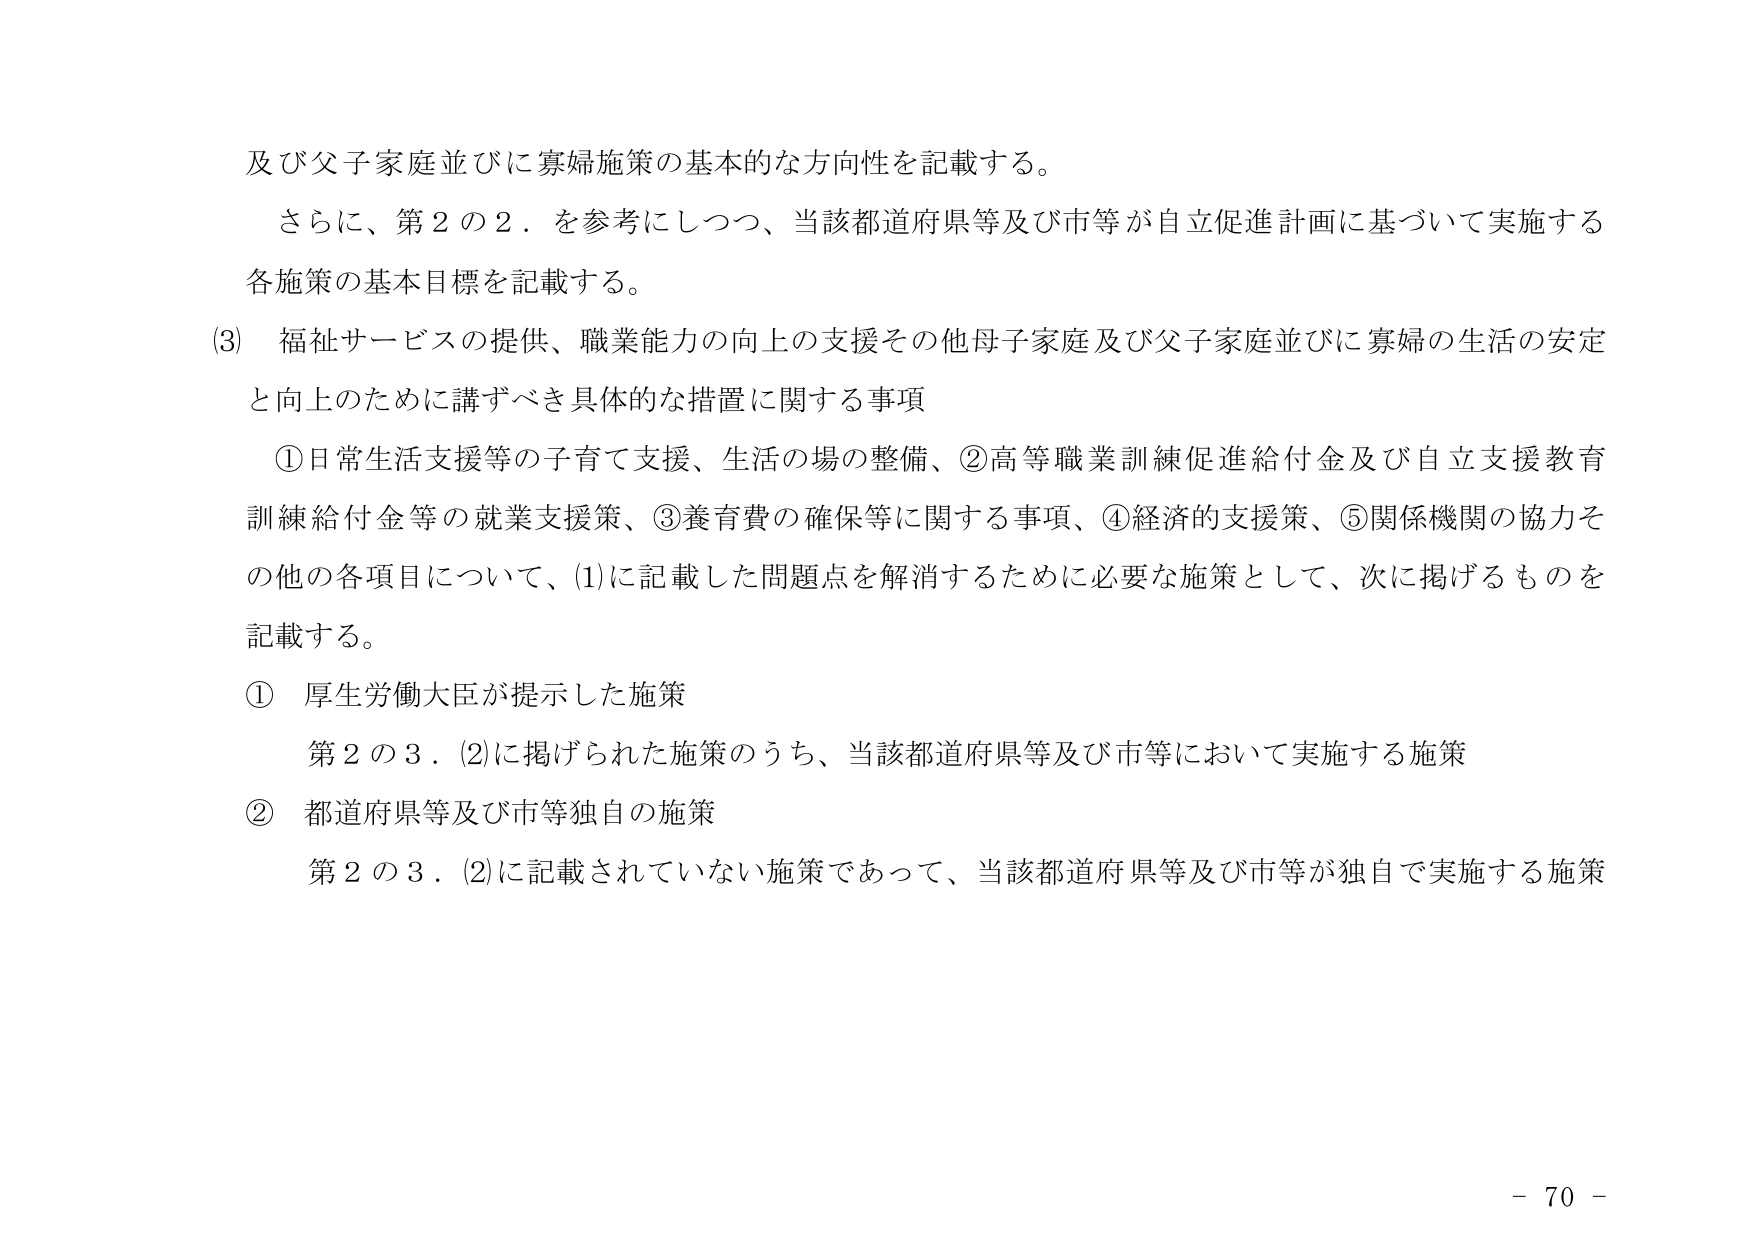
及び父子家庭並びに寡婦施策の基本的な方向性を記載する。

さらに、第２の２．を参考にしつつ、当該都道府県等及び市等が自立促進計画に基づいて実施する各施策の基本目標を記載する。

(3) 福祉サービスの提供、職業能力の向上の支援その他母子家庭及び父子家庭並びに寡婦の生活の安定と向上のために講ずべき具体的な措置に関する事項

　①日常生活支援等の子育て支援、生活の場の整備、②高等職業訓練促進給付金及び自立支援教育訓練給付金等の就業支援策、③養育費の確保等に関する事項、④経済的支援策、⑤関係機関の協力その他各項目について、(1)に記載した問題点を解消するために必要な施策として、次に掲げるものを記載する。

① 厚生労働大臣が提示した施策

　第２の３．(2)に掲げられた施策のうち、当該都道府県等及び市等において実施する施策

② 都道府県等及び市等独自の施策

　第２の３．(2)に記載されていない施策であって、当該都道府県等及び市等が独自で実施する施策

- 70 -